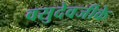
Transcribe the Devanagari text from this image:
वसुदेवजीके